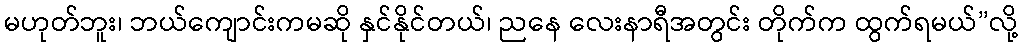
မဟုတ်ဘူး၊ ဘယ်ကျောင်းကမဆို နှင်နိုင်တယ်၊ ညနေ လေးနာရီအတွင်း တိုက်က ထွက်ရမယ်”လို့